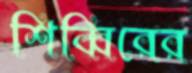
শিব্বিরের